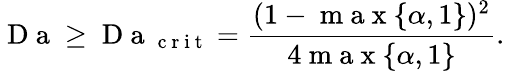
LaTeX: \mathrm{~D~a~}\geq\mathrm{~D~a~}_{\mathrm{~c~r~i~t~}}=\frac{(1-\mathrm{~m~a~x~}\{ \alpha,1\} )^{2}}{4\mathrm{~m~a~x~}\{ \alpha,1\} }.